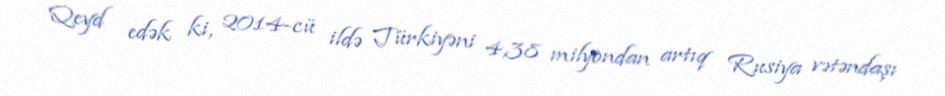
Qeyd edək ki, 2014-cü ildə Türkiyəni 4,38 milyondan artıq Rusiya vətəndaşı